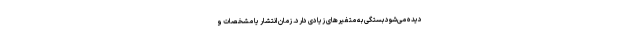
دیده می‌شود بستگی به متغیرهای زیادی دارد. زمان انتشار یا مشخصات و